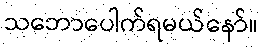
သဘောပေါက်ရမယ်နော်။